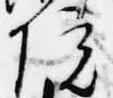
院